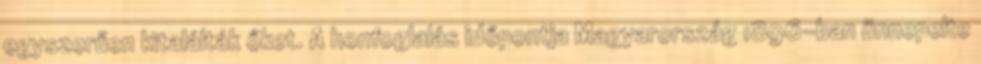
egyszerűen kitalálták őket. A honfoglalás időpontja Magyarország 1896-ban ünnepelte